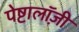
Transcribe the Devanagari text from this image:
पेष्टालॉज़ी